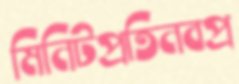
মিনিটপ্রতিনবপ্র